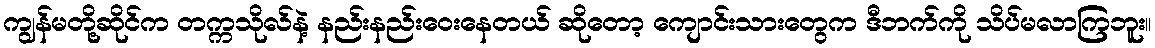
ကျွန်မတို့ဆိုင်က တက္ကသိုလ်နဲ့ နည်းနည်းဝေးနေတယ် ဆိုတော့ ကျောင်းသားတွေက ဒီဘက်ကို သိပ်မလာကြဘူး။